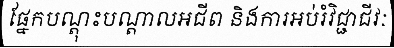
ផ្នែកបណ្តុះបណ្តាលអជីព និងការអប់រំវិជ្ជាជីវៈ